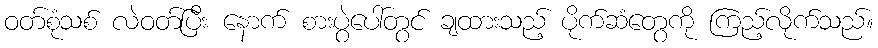
ဝတ်စုံသစ် လဲဝတ်ပြီး နောက် စားပွဲပေါ်တွင် ချထားသည့် ပိုက်ဆံတွေကို ကြည့်လိုက်သည်။